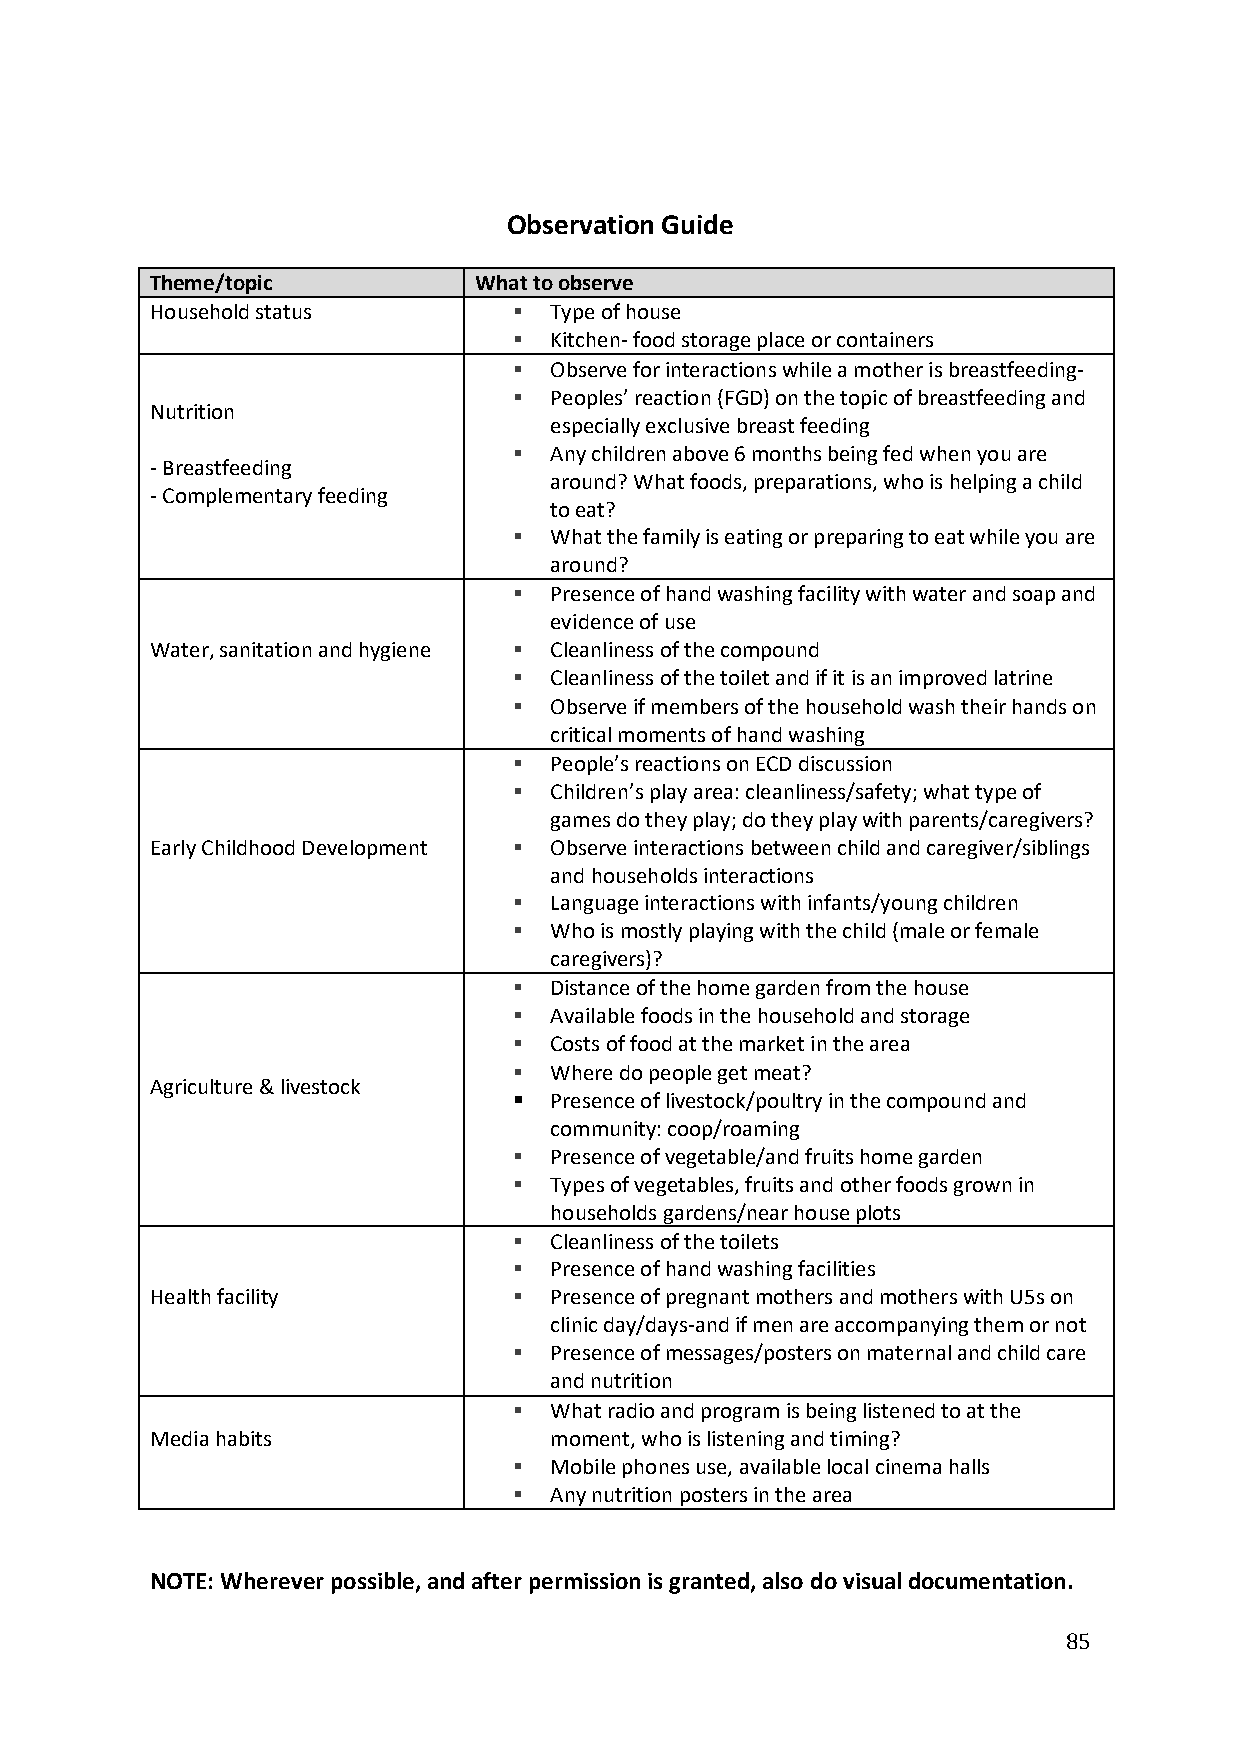
Observation Guide
 Theme/topic          What to observe
 Household status         Type of house
  Kitchen- food storage place or containers
  Observe for interactions while a mother is breastfeeding-
  Peoples’ reaction (FGD) on the topic of breastfeeding and
 Nutrition
 especially exclusive breast feeding
  Any children above 6 months being fed when you are
 - Breastfeeding
 around? What foods, preparations, who is helping a child
 - Complementary feeding
 to eat?
  What the family is eating or preparing to eat while you are
 around?
  Presence of hand washing facility with water and soap and
 evidence of use
 Water, sanitation and hygiene  Cleanliness of the compound
  Cleanliness of the toilet and if it is an improved latrine
  Observe if members of the household wash their hands on
 critical moments of hand washing
  People’s reactions on ECD discussion
  Children’s play area: cleanliness/safety; what type of
 games do they play; do they play with parents/caregivers?
 Early Childhood Development  Observe interactions between child and caregiver/siblings
 and households interactions
  Language interactions with infants/young children
  Who is mostly playing with the child (male or female
 caregivers)?
  Distance of the home garden from the house
  Available foods in the household and storage
  Costs of food at the market in the area
  Where do people get meat?
 Agriculture & livestock
  Presence of livestock/poultry in the compound and
 community: coop/roaming
  Presence of vegetable/and fruits home garden
  Types of vegetables, fruits and other foods grown in
 households gardens/near house plots
  Cleanliness of the toilets
  Presence of hand washing facilities
 Health facility          Presence of pregnant mothers and mothers with U5s on
 clinic day/days-and if men are accompanying them or not
  Presence of messages/posters on maternal and child care
 and nutrition
  What radio and program is being listened to at the
 Media habits              moment, who is listening and timing?
  Mobile phones use, available local cinema halls
  Any nutrition posters in the area
 NOTE: Wherever possible, and after permission is granted, also do visual documentation.
 85